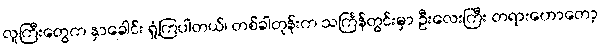
လူကြီးတွေက နှာခေါင်း ရှုံ့ကြပါတယ်၊ တစ်ခါတုန်းက သင်္ကြန်တွင်းမှာ ဦးလေးကြီး တရားဟောတော့